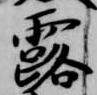
露